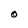
Character: 0